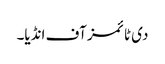
دی ٹائمز آف انڈیا۔